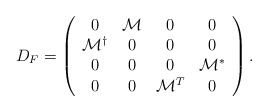
\begin{align*}D_{F} = \left( \begin{array} {cccc}0 & {\cal M} & 0 & 0 \\{\cal M}^{\dag} & 0 & 0 & 0\\0 & 0 & 0 & {\cal M^*} \\0 & 0 & {\cal M}^{T} & 0 \end{array} \right). \\\end{align*}